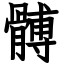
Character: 髆